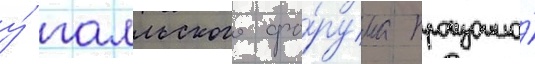
у́ галльского фо́рума произошло́